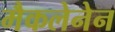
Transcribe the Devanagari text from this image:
मैकलेनेन